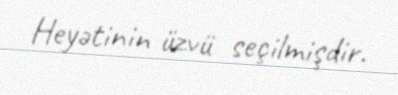
Heyətinin üzvü seçilmişdir.